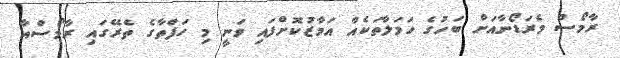
ރާމޯސް މެރަޑޯނާއަށް ބަހުގެ ހަމަލާތަކެއް އަމާޒުކޮށްފައި ވަނީ މި ހަފްތާގެ ތެރޭގައި ރާމޯސްއާ